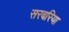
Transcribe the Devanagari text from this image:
सरबरिया